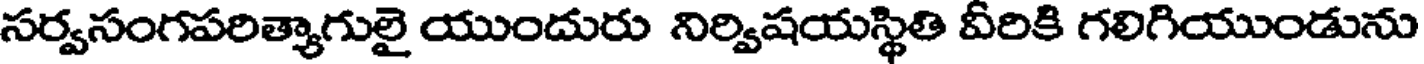
సర్వసంగపరిత్యాగులై యుందురు నిర్విషయస్థితి వీరికి గలిగియుండును